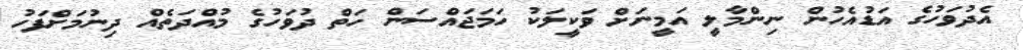
އެދުވަހުގެ އަޑުއެހުން ނިންމާލީ އަމީނަށް ވަކީލަކު ހަމަޖައްސަން ހަތް ދުވަހުގެ މުއްދަތެއް ދިނުމަށްފަހު